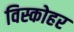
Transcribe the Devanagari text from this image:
विस्कोहर